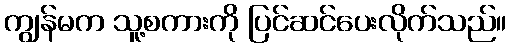
ကျွန်မက သူ့စကားကို ပြင်ဆင်ပေးလိုက်သည်။